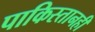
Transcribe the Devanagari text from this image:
पाकिस्तानही